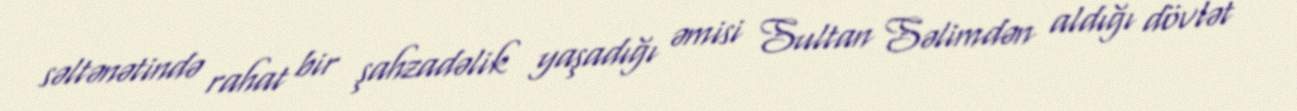
səltənətində rahat bir şahzadəlik yaşadığı əmisi Sultan Səlimdən aldığı dövlət